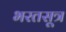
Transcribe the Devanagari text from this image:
भरतसूत्र